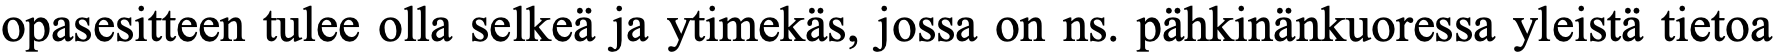
opasesitteen tulee olla selkeä ja ytimekäs, jossa on ns. pähkinänkuoressa yleistä tietoa